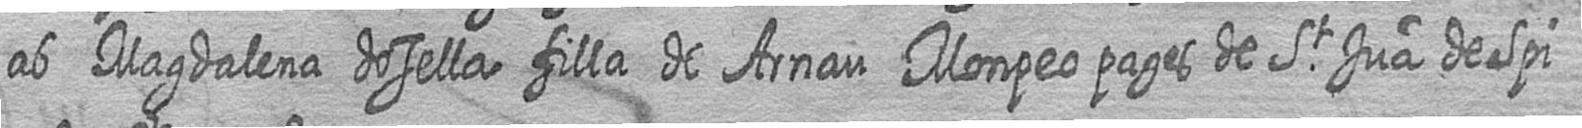
ab Magdalena dosella filla de Arnau Monpeo pages de St Jua deSpi